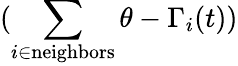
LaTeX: (\sum_{i\in\textrm{neighbors}}\theta-\Gamma_{i}(t))